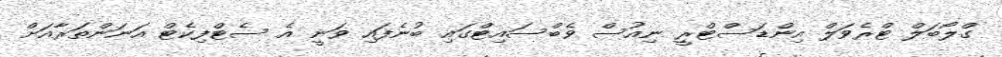
ގްލޯބަލް ޓްރެވަލް އިންޑަސްޓްރީ ނިއުސް ވެބްސައިޓްގައި ބުނެފައި ވަނީ އެ ސެޓްފިކެޓް އަނަންތަރާއަށް